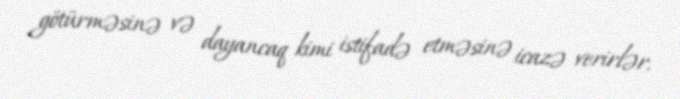
götürməsinə və dayancaq kimi istifadə etməsinə icazə verirlər.